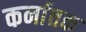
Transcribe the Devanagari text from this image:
कर्नातक